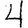
Digit: 4